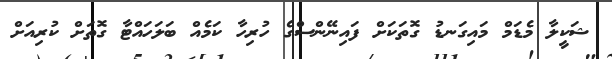
ޝަކީލާ މެޑަމް މައިގަނޑު ގޮތަކަށް ފައިނޭންސްގެ ހުރިހާ ކަމެއް ބަލަހައްޓާ ގޮތަށް ކުރިއަށް